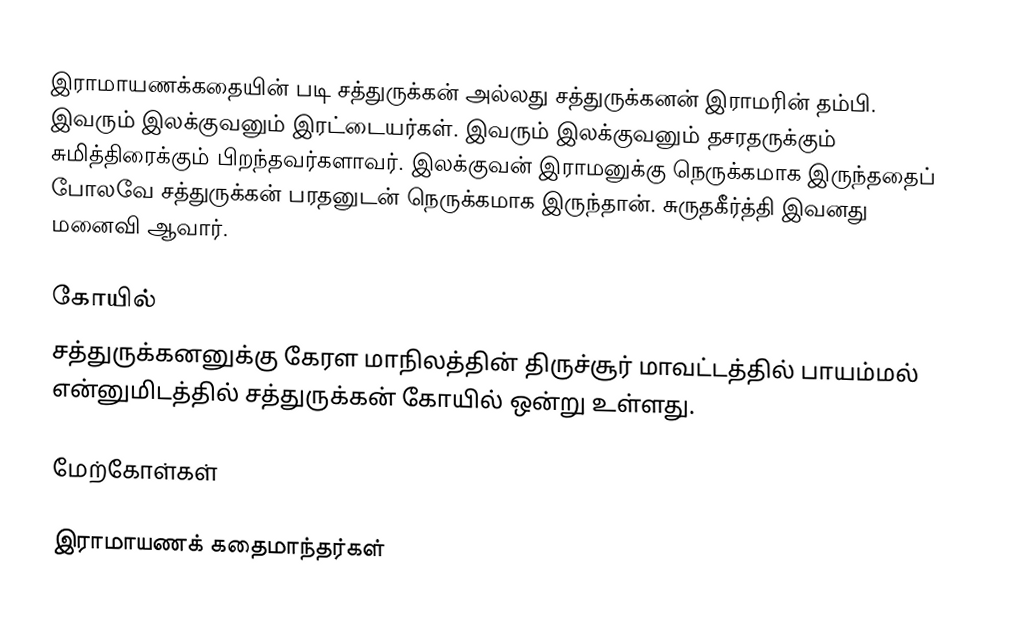
இராமாயணக்கதையின் படி சத்துருக்கன் அல்லது சத்துருக்கனன்  இராமரின் தம்பி. இவரும் இலக்குவனும் இரட்டையர்கள். இவரும் இலக்குவனும் தசரதருக்கும் சுமித்திரைக்கும் பிறந்தவர்களாவர். இலக்குவன் இராமனுக்கு நெருக்கமாக இருந்ததைப் போலவே சத்துருக்கன் பரதனுடன் நெருக்கமாக இருந்தான். சுருதகீர்த்தி இவனது மனைவி ஆவார்.

கோயில்
சத்துருக்கனனுக்கு கேரள மாநிலத்தின் திருச்சூர் மாவட்டத்தில் பாயம்மல் என்னுமிடத்தில் சத்துருக்கன் கோயில் ஒன்று உள்ளது.

மேற்கோள்கள்

இராமாயணக் கதைமாந்தர்கள்